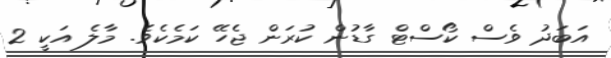
އަބަދު ވެސް ކޯސްޓް ގާޑުން ކުރަން ޖެހޭ ކަމެކެވެ. މާލެ އަކީ 2